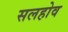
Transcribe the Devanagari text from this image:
सलहोव